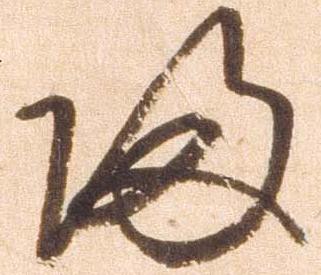
帰